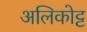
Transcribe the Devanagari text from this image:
अलिकोट्ट